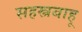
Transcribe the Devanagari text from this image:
सहस्त्रबाहू